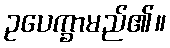
ဥပေက္ခာမည်၏။